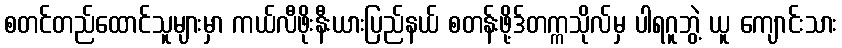
စတင်တည်ထောင်သူများမှာ ကယ်လီဖိုးနီးယားပြည်နယ် စတန်းဖို့ဒ်တက္ကသိုလ်မှ ပါရဂူဘွဲ့ ယူ ကျောင်းသား